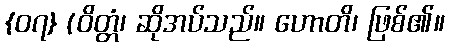
{၀၇} (ဝိတ္တံ၊ ဆိုအပ်သည်။ ဟောတိ၊ ဖြစ်၏။